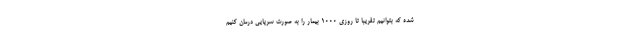
شده که بتوانیم تقریبا تا روزی ۱۰۰۰ بیمار را به صورت سرپایی درمان کنیم